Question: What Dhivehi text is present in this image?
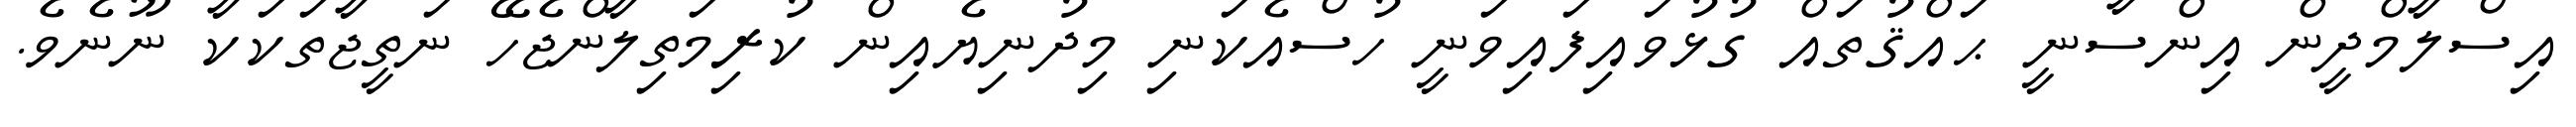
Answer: އިސްލާމްދީން އިންސާނީ ޙައްޤުތައް ގުޅުވައިފައިވަނީ ހުސްއެކަނި މިދުނިޔެއިން ކުރިމަތިލާންޖެހޭ ނަތީޖާތަކަކާ ނޫނެވެ.